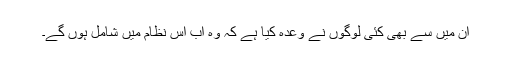
ان میں سے بھی کئی لوگوں نے وعدہ کیا ہے کہ وہ اب اس نظام میں شامل ہوں گے۔